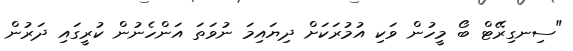
"ސިނގިރޭޓް ބޯ މީހުން ވަކި އުމުރަކަށް ދިޔައިމަ ނުވަތަ އަންހެނުން ކުރީގައި ދަރުން